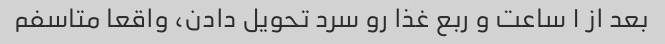
بعد از ۱ ساعت و ربع غذا رو سرد تحویل دادن، واقعا متاسفم